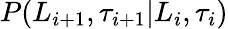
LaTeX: P(L_{i+1},\tau_{i+1}|L_{i},\tau_{i})